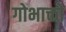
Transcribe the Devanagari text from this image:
गोभाक्तो